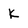
Character: k